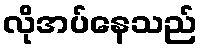
လိုအပ်နေသည်